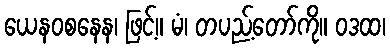
ယေနဝစနေန၊ ဖြင့်။ မံ၊ တပည့်တော်ကို။ ဝဒထ၊